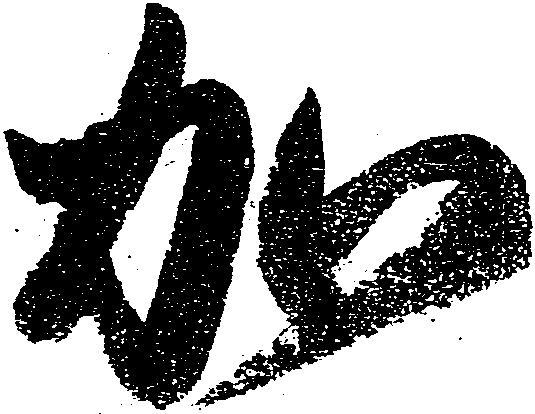
加